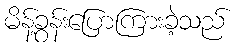
မိန့်ခွန်းပြောကြားခဲ့သည်